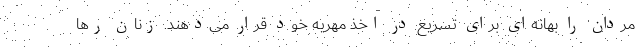
مردان را بهانه‌ای برای تسریع در اخذ مهریه خود قرار می‌دهند. زنان رها